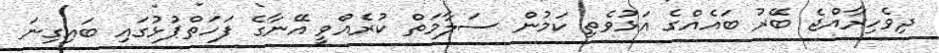
ދިވެހިރާއްޖެ ބޭރު ބައެއްގެ އަޅުވެތި ކަމުން ސަލާމަތް ކުރެއްވީ އޭނާގެ ފަހަތްޕުޅުގައި ބައިގިނަ